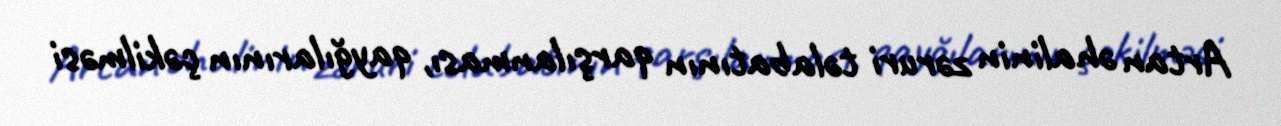
Artan əhalinin zəruri təlabatının qarşılanması, qayğılarının çəkilməsi